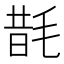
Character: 𭯜